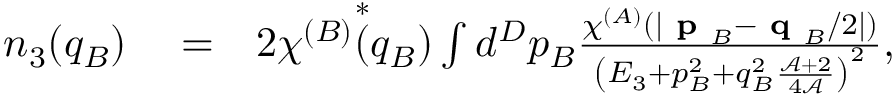
\begin{array} { r l r } { n _ { 3 } ( q _ { B } ) } & { { } = } & { 2 \chi ^ { ( B ) } \overset { * } { ( } q _ { B } ) \int d ^ { D } p _ { B } \frac { \chi ^ { ( A ) } ( \lvert \textbf { p } _ { B } - \textbf { q } _ { B } / 2 \rvert ) } { \left( E _ { 3 } + p _ { B } ^ { 2 } + q _ { B } ^ { 2 } \frac { \mathcal { A } + 2 } { 4 \mathcal { A } } \right) ^ { 2 } } , \ \ \ \ \ \ } \end{array}